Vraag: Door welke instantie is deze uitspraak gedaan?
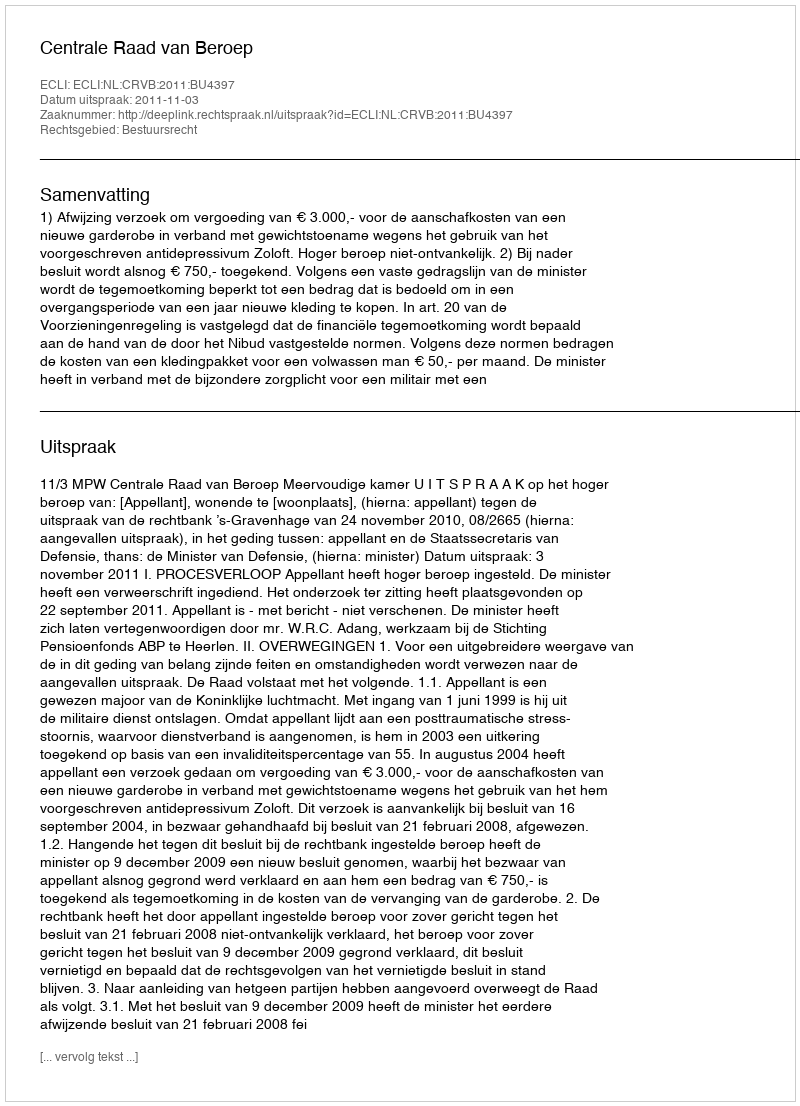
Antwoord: Centrale Raad van Beroep